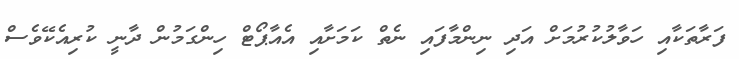
ފަރާތަކާއި ހަވާލުކުރުމަށް އަދި ނިންމާފައި ނެތް ކަމަށާއި އެއާޕޯޓް ހިންގަމުން ދާނީ ކުރިއެކޭވެސް